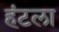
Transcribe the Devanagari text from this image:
हंटला